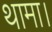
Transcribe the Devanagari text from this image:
थामा।